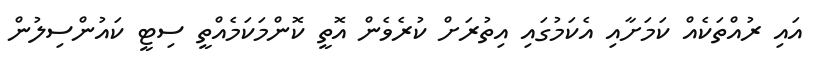
އައި ރުއްތަކެއް ކަމަށާއި އެކަމުގައި އިތުރަށް ކުރެވެން އޮތީ ކޮންމަކަމެއްތީ ސިޓީ ކައުންސިލުން